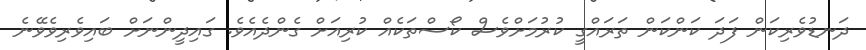
ދަނޑުވެރިކަން ފަދަ ކަންކަން ތަރައްގީ ކުރުމަށްވެސް ކޯސްތަކެއް ކުރިއަށް ގެންދެއެވެ. ގައިދީންނަށް ބައިވެރިވެވޭނެ